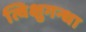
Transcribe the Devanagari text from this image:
त्विक्षुगन्धा